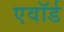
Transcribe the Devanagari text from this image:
एवॉर्ड